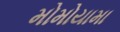
મોમોયામા